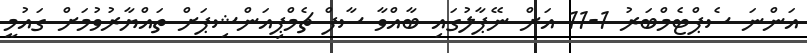
އަންނަ ސެޕްޓެމްބަރު 1-11 އަށް ނޭޕާލުގައި ބާއްވާ ސާފް ޗެމްޕިއަންޝިޕަށް ތައްޔާރުވުމަށް ގައުމީ